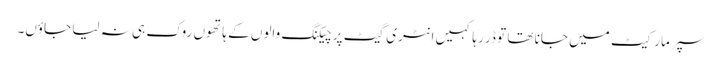
سپر مارکیٹ میں جانا تھا تو ڈر رہا کہیں انٹری گیٹ پر چیکنگ والوں کے ہاتھوں روک ہی نہ لیا جاؤں۔